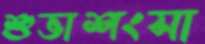
শুভাশংসা